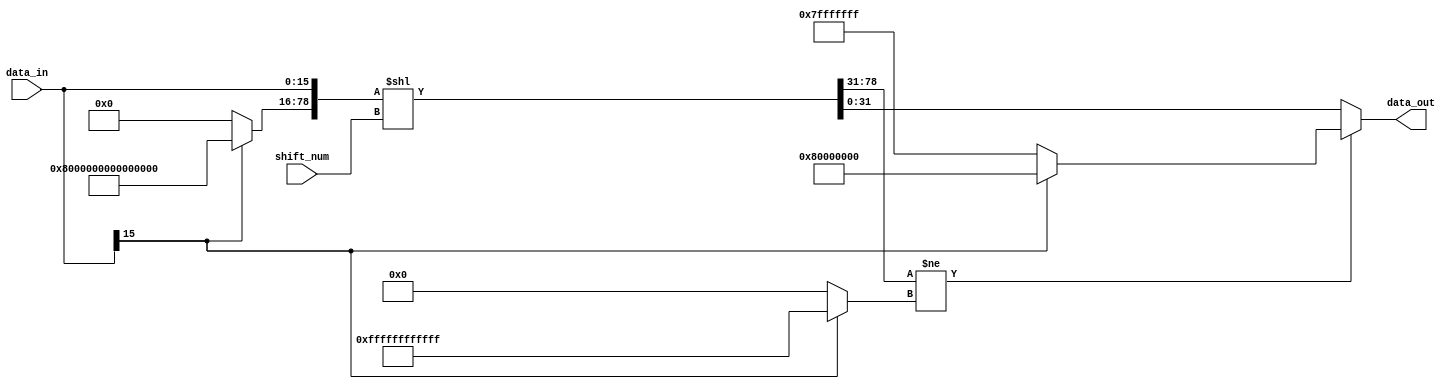
module NV_soDLA_HLS_shiftleftsu( // @[:@3.2]
  input  [15:0] data_in, // @[:@6.4]
  input  [5:0]  shift_num, // @[:@6.4]
  output [31:0] data_out // @[:@6.4]
);
  wire  data_sign; // @[NV_NVDLA_HLS_shiftleftsu.scala 25:28:@13.4]
  wire [62:0] _T_20; // @[Bitwise.scala 72:12:@16.4]
  wire [78:0] _T_21; // @[Cat.scala 30:58:@17.4]
  wire [141:0] _GEN_0; // @[NV_NVDLA_HLS_shiftleftsu.scala 27:63:@18.4]
  wire [141:0] _T_22; // @[NV_NVDLA_HLS_shiftleftsu.scala 27:63:@18.4]
  wire [46:0] data_high; // @[NV_NVDLA_HLS_shiftleftsu.scala 27:79:@19.4]
  wire [31:0] data_shift; // @[NV_NVDLA_HLS_shiftleftsu.scala 29:80:@25.4]
  wire  _T_31; // @[NV_NVDLA_HLS_shiftleftsu.scala 31:48:@27.4]
  wire [47:0] _T_32; // @[Cat.scala 30:58:@28.4]
  wire [47:0] _T_36; // @[Bitwise.scala 72:12:@30.4]
  wire  left_shift_sat; // @[NV_NVDLA_HLS_shiftleftsu.scala 31:65:@31.4]
  wire [31:0] data_max; // @[NV_NVDLA_HLS_shiftleftsu.scala 33:20:@38.4]
  assign data_sign = data_in[15]; // @[NV_NVDLA_HLS_shiftleftsu.scala 25:28:@13.4]
  assign _T_20 = data_sign ? 63'h7fffffffffffffff : 63'h0; // @[Bitwise.scala 72:12:@16.4]
  assign _T_21 = {_T_20,data_in}; // @[Cat.scala 30:58:@17.4]
  assign _GEN_0 = {{63'd0}, _T_21}; // @[NV_NVDLA_HLS_shiftleftsu.scala 27:63:@18.4]
  assign _T_22 = _GEN_0 << shift_num; // @[NV_NVDLA_HLS_shiftleftsu.scala 27:63:@18.4]
  assign data_high = _T_22[78:32]; // @[NV_NVDLA_HLS_shiftleftsu.scala 27:79:@19.4]
  assign data_shift = _T_22[31:0]; // @[NV_NVDLA_HLS_shiftleftsu.scala 29:80:@25.4]
  assign _T_31 = data_shift[31]; // @[NV_NVDLA_HLS_shiftleftsu.scala 31:48:@27.4]
  assign _T_32 = {data_high,_T_31}; // @[Cat.scala 30:58:@28.4]
  assign _T_36 = data_sign ? 48'hffffffffffff : 48'h0; // @[Bitwise.scala 72:12:@30.4]
  assign left_shift_sat = _T_32 != _T_36; // @[NV_NVDLA_HLS_shiftleftsu.scala 31:65:@31.4]
  assign data_max = data_sign ? 32'h80000000 : 32'h7fffffff; // @[NV_NVDLA_HLS_shiftleftsu.scala 33:20:@38.4]
  assign data_out = left_shift_sat ? data_max : data_shift; // @[NV_NVDLA_HLS_shiftleftsu.scala 35:17:@41.4]
endmodule